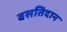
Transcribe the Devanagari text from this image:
वसतिदान